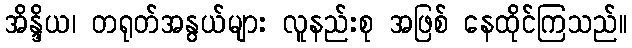
အိန္ဒိယ၊ တရုတ်အနွယ်များ လူနည်းစု အဖြစ် နေထိုင်ကြသည်။